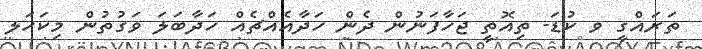
ތަރައްގީ ވ ކުޑަ- ތިއޮތީ ޖަހާފަނުން ދެން ހަދާއެއްޗެއް ހަދާބަލަ ވަގުތުން މިކަހަލ